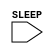
/*
 * MBus Copyright 2015 Regents of the University of Michigan
 *
 * Licensed under the Apache License, Version 2.0 (the "License");
 * you may not use this file except in compliance with the License.
 * You may obtain a copy of the License at
 *
 *     http://www.apache.org/licenses/LICENSE-2.0
 *
 * Unless required by applicable law or agreed to in writing, software
 * distributed under the License is distributed on an "AS IS" BASIS,
 * WITHOUT WARRANTIES OR CONDITIONS OF ANY KIND, either express or implied.
 * See the License for the specific language governing permissions and
 * limitations under the License.
 */

//*******************************************************************************************
//Description: 	  Layer Controller (LC) Power Gate Header (Active High)
//		  Custom Block
//Update History: Feb 25 2014 - First commit
//******************************************************************************************* 

module lc_header
  (
   //**************************************
   //Power Domain
   //Input  - Always On
   //Output - Layer Controller Domain
   //**************************************
   //Signals
   //Input
   SLEEP
   //Output
   );

   input SLEEP; //Active High

   always @(SLEEP) begin
      if (SLEEP) begin
	 $write("%c[1;34m",27); 
	 $display("***********************************************");
	 $display("*********LAYER CONTROLLER IS POWER GATED*******");
	 $display("*********AT TIME:", $time);
	 $display("***********************************************");
	 $write("%c[0m",27); 
      end
      else begin
	 $write("%c[1;34m",27); 
	 $display("***********************************************");
	 $display("********LAYER CONTROLLER IS POWER UNGATED******");
	 $display("*********AT TIME:", $time);
	 $display("***********************************************");
	 $write("%c[0m",27); 
      end
   end // always @ (SLEEP)

endmodule // lc_header